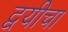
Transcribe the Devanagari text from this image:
द्वयीचा